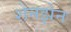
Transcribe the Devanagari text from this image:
शेनझेन